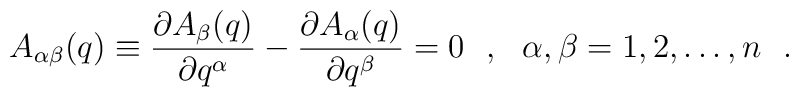
A_{\alpha\beta}(q)\equiv\frac{\partial A_\beta(q)}{\partial q^\alpha}-\frac{\partial A_\alpha(q)}{\partial q^\beta}=0\ \ ,\ \ \alpha,\beta=1,2,\dots,n\ \ .